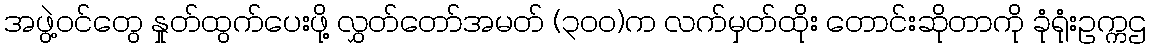
အဖွဲ့ဝင်တွေ နှုတ်ထွက်ပေးဖို့ လွှတ်တော်အမတ် (၃၀၀)က လက်မှတ်ထိုး တောင်းဆိုတာကို ခုံရုံးဥက္ကဌ